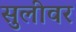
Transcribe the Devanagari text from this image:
सुलीवर